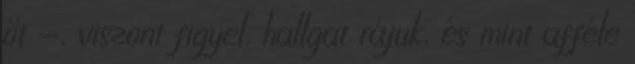
őt -, viszont figyel, hallgat rájuk, és mint afféle